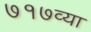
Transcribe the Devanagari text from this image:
७१७व्या